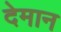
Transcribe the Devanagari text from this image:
देमान